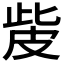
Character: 𤿙